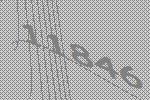
11846